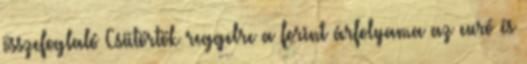
összefoglaló Csütörtök reggelre a forint árfolyama az euró és